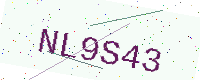
Text: NL9S43